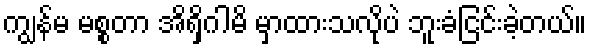
ကျွန်မ မစ္စတာ အိရှိဂါမိ မှာထားသလိုပဲ ဘူးခံငြင်းခဲ့တယ်။